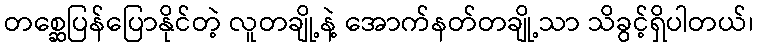
တစ္ဆေပြန်ပြောနိုင်တဲ့ လူတချို့နဲ့ အောက်နတ်တချို့သာ သိခွင့်ရှိပါတယ်၊